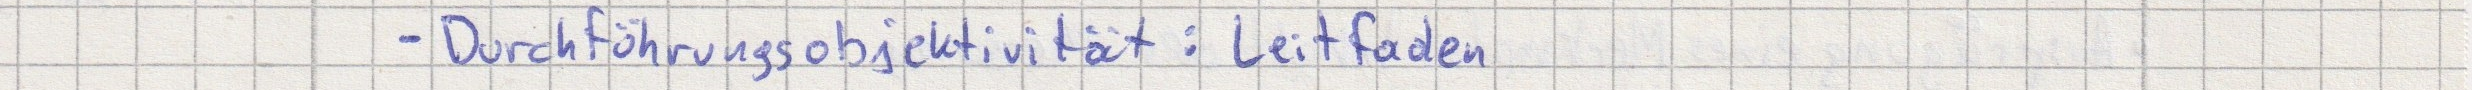
- Durchführungsobjektivität: Leitfaden